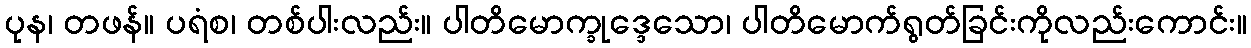
ပုန၊ တဖန်။ ပရံစ၊ တစ်ပါးလည်း။ ပါတိမောက္ခုဒ္ဒေသော၊ ပါတိမောက်ရွတ်ခြင်းကိုလည်းကောင်း။